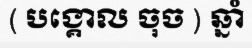
( បង្គោល ចុច ) ឆ្នាំ